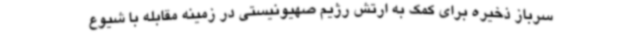
سرباز ذخیره برای کمک به ارتش رژیم صهیونیستی در زمینه مقابله با شیوع